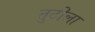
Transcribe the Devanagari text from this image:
तुटीला